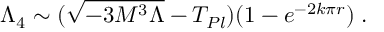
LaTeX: \Lambda _ { 4 } \sim ( \sqrt { - 3 M ^ { 3 } \Lambda } - T _ { P l } ) ( 1 - e ^ { - 2 k \pi r } ) \; .